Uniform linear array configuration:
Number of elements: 64
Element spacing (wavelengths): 1
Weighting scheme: blackman
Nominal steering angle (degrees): -45
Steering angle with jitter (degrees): -46.449
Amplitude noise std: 0.05
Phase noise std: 0.05

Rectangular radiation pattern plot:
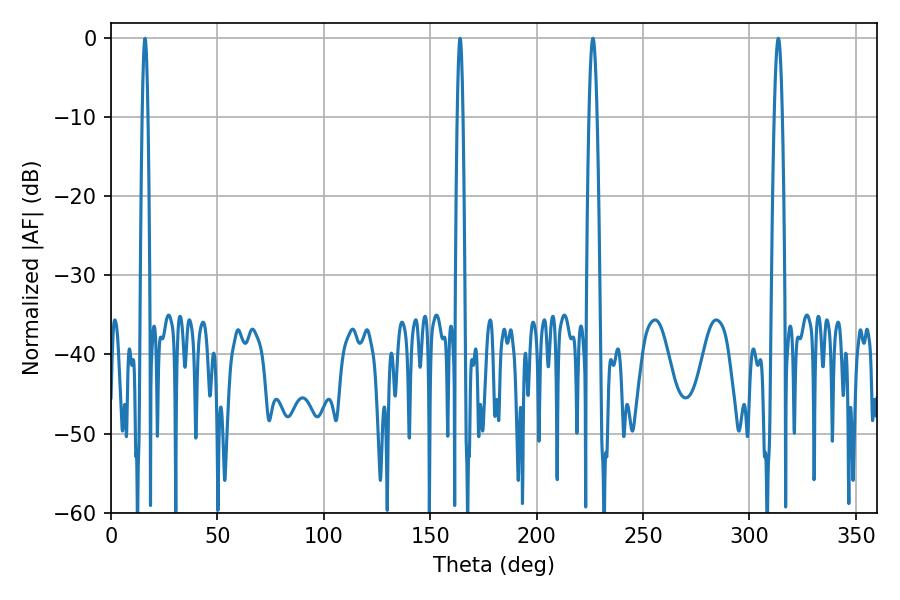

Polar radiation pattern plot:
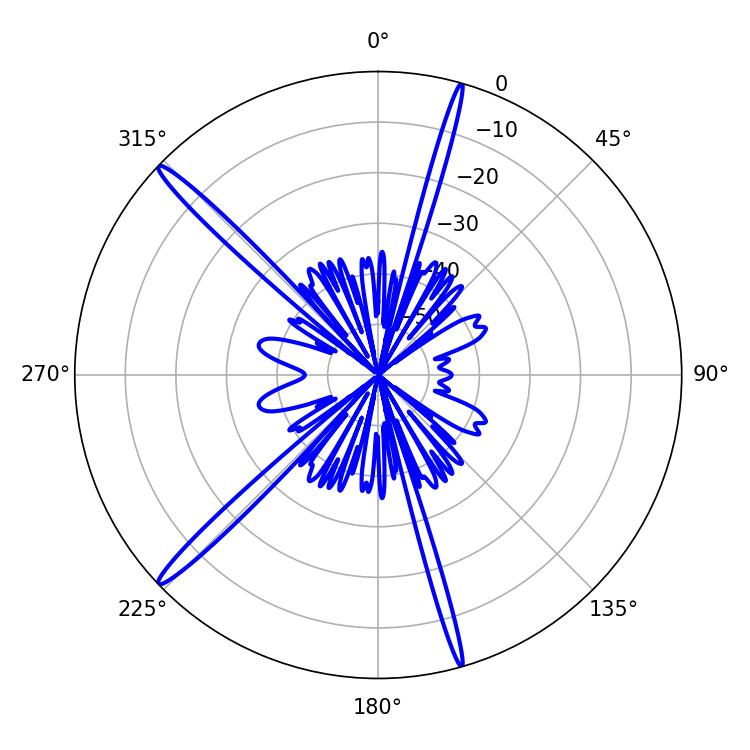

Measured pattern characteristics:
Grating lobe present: TRUE
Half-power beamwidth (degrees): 1.98
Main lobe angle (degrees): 226.44